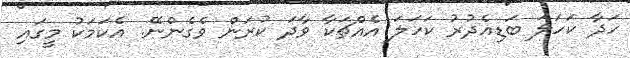
ހަދާ ކަހަލަ ބަޑިއެދުރު ކަހަލަ އެއްޗަކާ ވާދަ ކުރަން ވެގެންނޭ. އެކަމަކު މީގައި